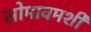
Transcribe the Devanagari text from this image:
सोमावमशी